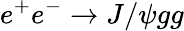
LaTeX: e^{+}e^{-}\to J/\psi gg